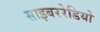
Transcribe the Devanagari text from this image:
साइबररेडियो